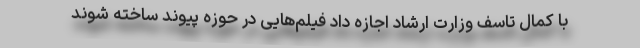
با کمال تاسف وزارت ارشاد اجازه داد فیلم‌هایی در حوزه پیوند ساخته شوند